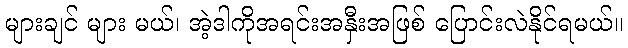
များချင် များ မယ်၊ အဲ့ဒါကိုအရင်းအနှီးအဖြစ် ပြောင်းလဲနိုင်ရမယ်။